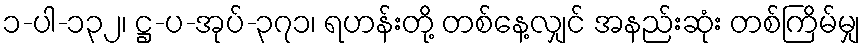
၁-ပါ-၁၃၂၊ ဋ္ဌ-ပ-အုပ်-၃၇၁၊ ရဟန်းတို့ တစ်နေ့လျှင် အနည်းဆုံး တစ်ကြိမ်မျှ